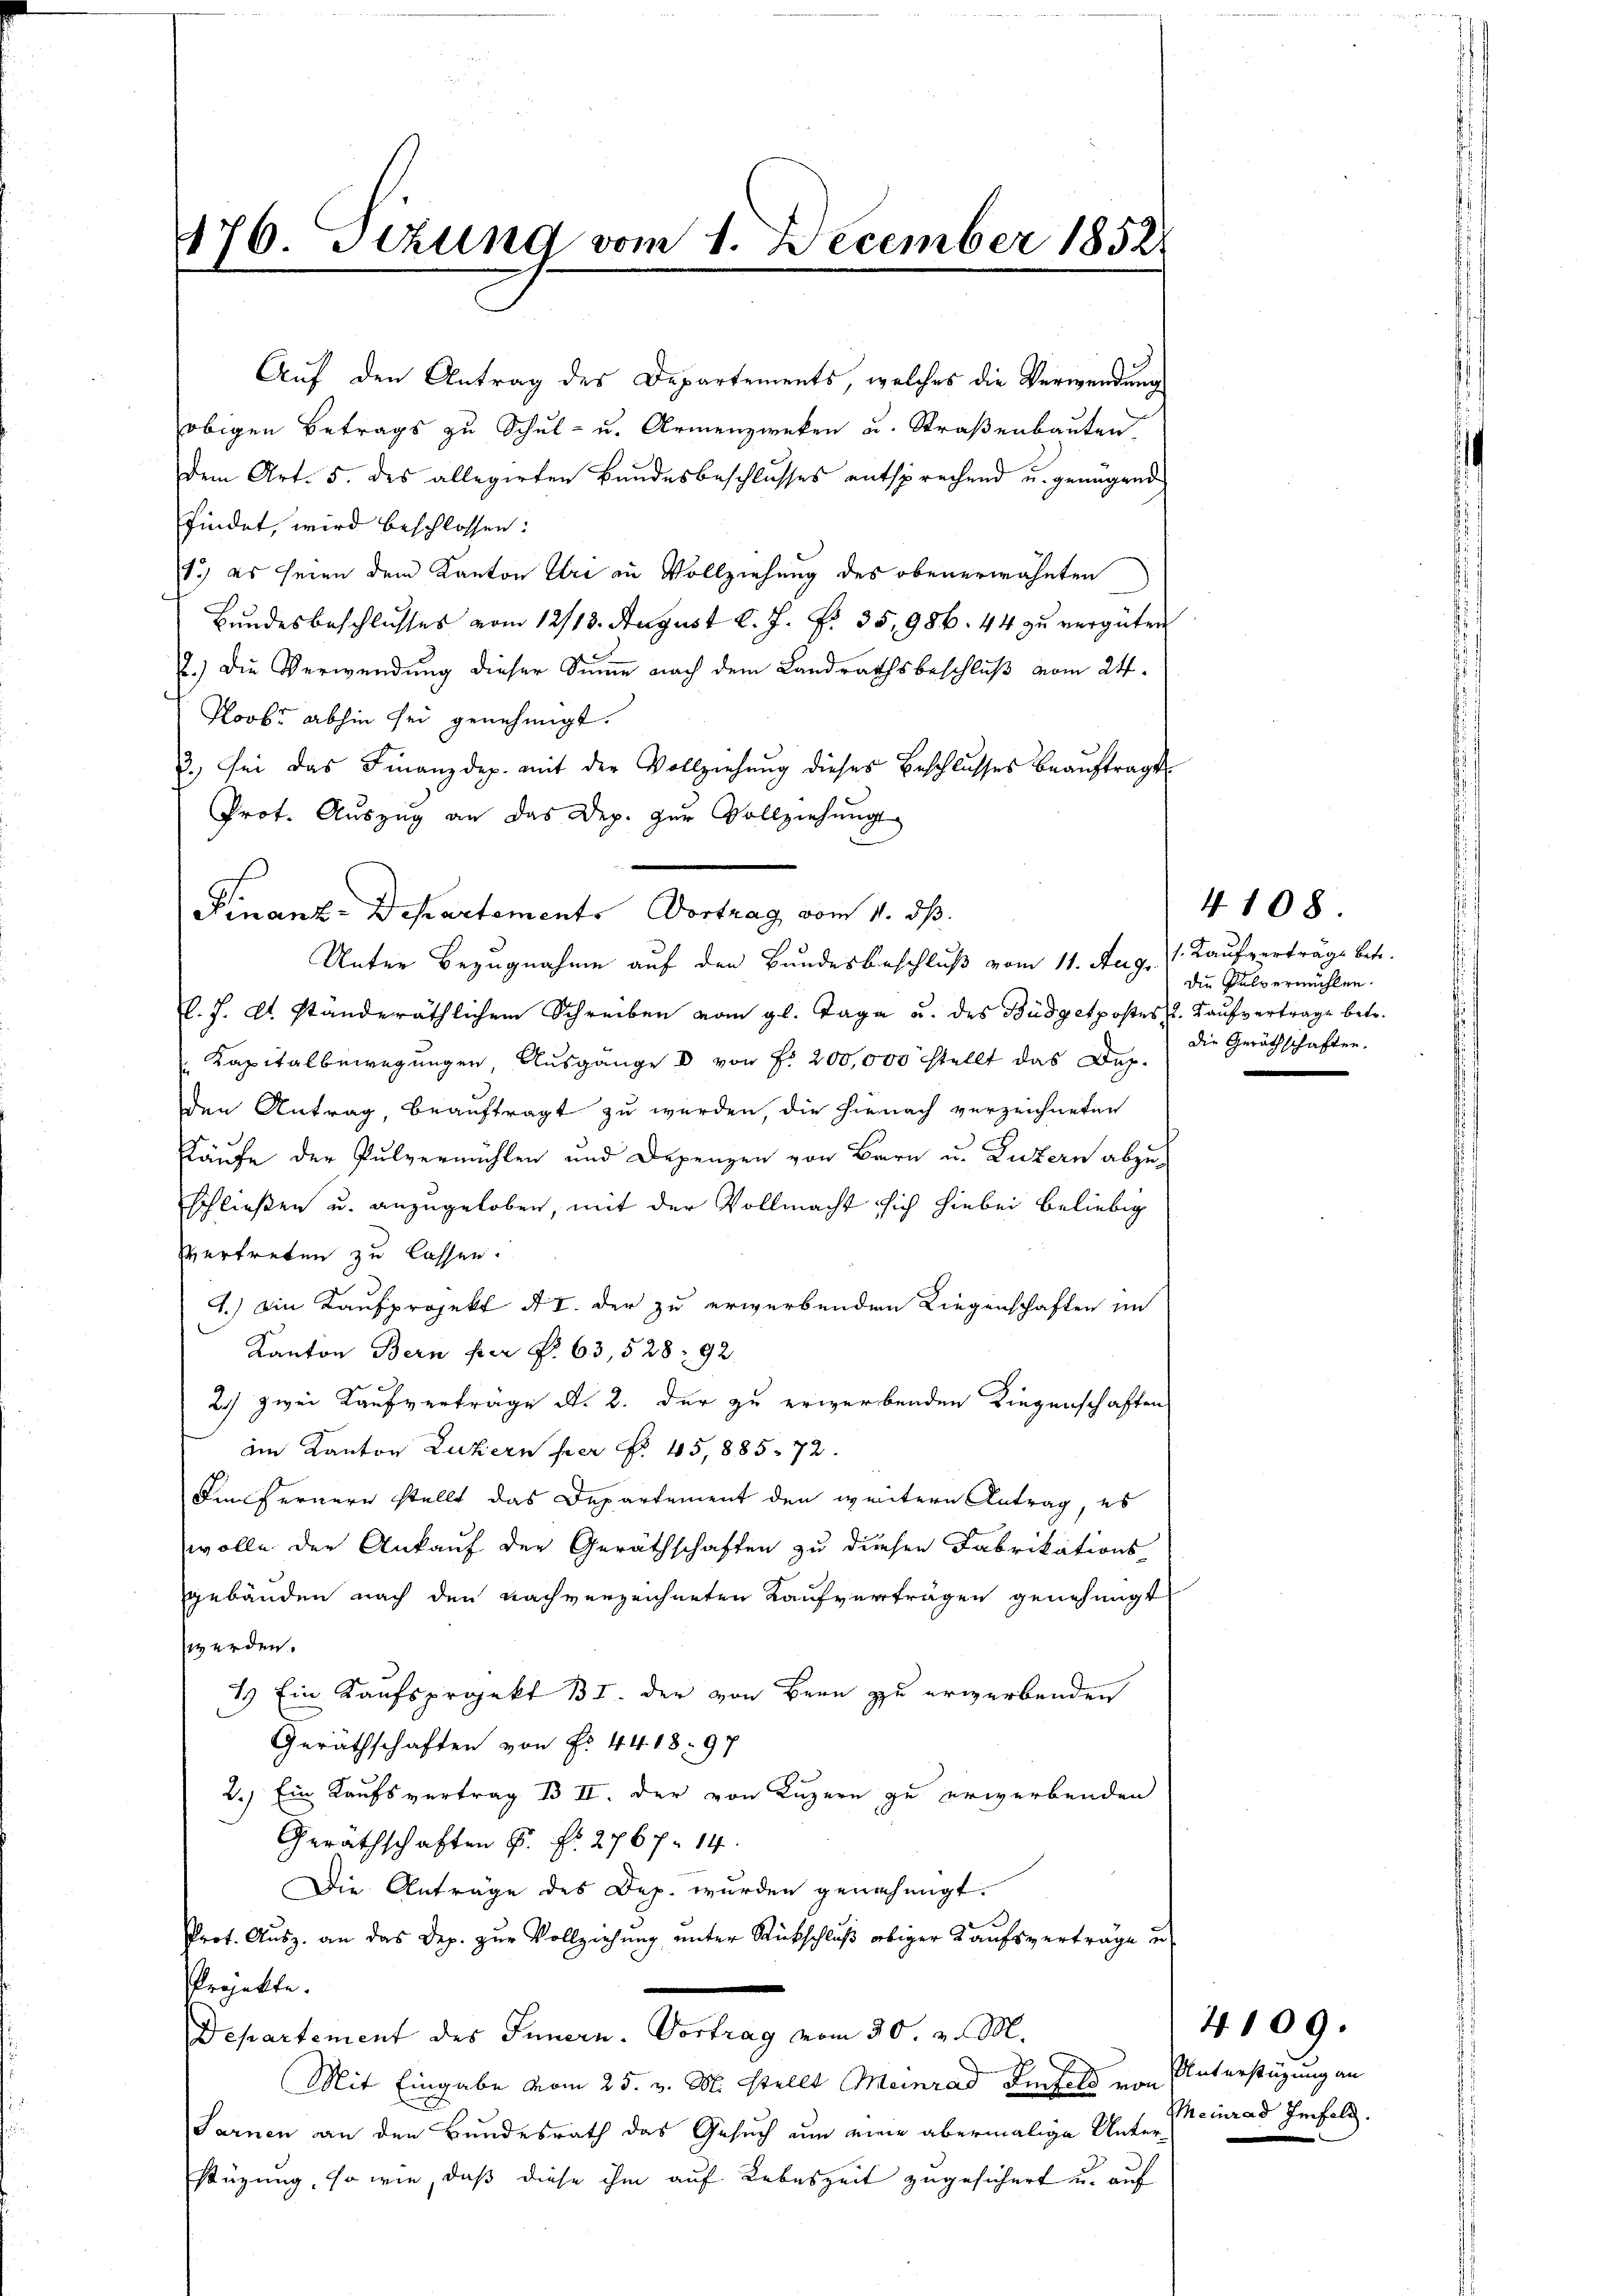
176. Stzung vom 1. December 1852.

Prot. Aŭszŭg an das Dep. zŭr Vollziehŭng
Finanz-Departement. Vortrag vom 11. ds.
l. J. A. standeräthlichem Schreiben vom gl. Tage u. des Büdgetpostes L. Kaŭfvertrage betr.
Kapitalbewegungen, Ausgange d von f. 200,000 stellt das Dep
den Antrag, beauftragt zu werden, die hienach verzeichneten
Käufe der Pulvermühlen und Depenzen von Bern u. Luzern abzuh
schließen u. anzugeloben, mit der Vollmacht sich hiebei beliebig
vertreten zu lassen.
1.) Die Kaufprojekt A. I. der zu erwerbenden Liegenschaften im
Kanton Bern per Nr. 63, 528: 92
2.) zwei Kaufverträge d. 2. der zu erwerbenden Liegenschaften
im Kanton Luzern per No 45,885. 72.
Finfernern stellt das Departement den weitern Antrag, es
wolle der Ankauf der Geräthschaften zu diesen Fabrikations-
gebäuden nach den nachverzeichneten Kaufvertragen genehmigt
werden.
1.) Ein Kaufsprojekt B I. der von Bern zu erwerbenden
Geräthschaften von No. 4418. 97
2.) Ein Kaufsvertrag Bd II. Der von Luzern zu erwerbenden
Geräthschaften P. Nr. 2767. 14.
Die Anträge des Dep. wurden genehmigt.
Prot. Ausz. an das Dep. zur Vollziehung unter Rückschluß obiger Kaufsverträge u.
Projekte.
Departement des Innern. Vortrag vom 30. v. M.
Mit Eingabe vom 25. v. M. stellt Meinrad Gift von Unterstüzung an
Sarnen an den Bundesrath das Gesuch um eine abermalige Unter
stüzung, so wie, daß diese ihm auf Lebeszeit zugesichert u. auf

Auf den Antrag des Departements, welches die Verwendung
obigen Betrags zu Schul- u. Armenzwecken u. Straßenbauten.
dem Art. 5. des allegirten Bundesbeschlusses entsprechend u. genügend
findet, wird beschlossen:
1.) es seien dem Kanton Uri in Vollziehung des obenerwähnten
Bundesbeschlusses vom 12/13. August l. J. P. 35, 986. 44 zu vergüten
2.) Die Verwendung dieser Sinne nach dem Landrathsbeschluß vom 24.
Poob. abhin sei genehmigt.
3. sei das Finanzdep. mit der Vollziehŭng dieses Beschlusses beaŭftragt

Unter Bezugnahme auf den Bundesbeschluß vom 11. Aug.

1. Kaufverträge betr.
die Pulvermühlen.
die Geräthschaften.

4108.

4109.
Meinrad Infolg.